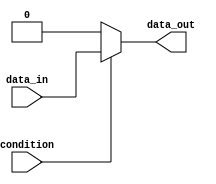
module assign_statement (
    input wire condition,
    input wire data_in,
    output reg data_out
);

assign data_out = condition ? data_in : 0;

endmodule